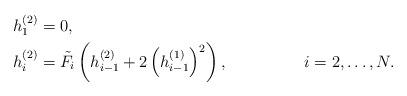
LaTeX: \begin{align*} &h_{1}^{( 2 )} = 0, & & \\ &h_{i}^{( 2 )} = \tilde{F}_{i} \left( h_{i - 1}^{( 2 )} + 2 \left( h_{i - 1}^{( 1 )} \right) ^{2} \right) , & &i = 2, \dots , N. \end{align*}